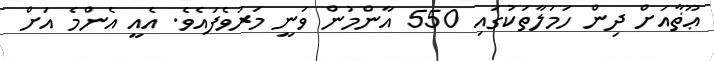
ޢޫޡާއަށް ދިން ހަމަލާތަކުގައި 550 އާންމުން ވަނީ މަރުވެފައެވެ. އެއީ އެންމެ އަށް